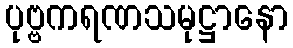
ပုဗ္ဗကရဏသမုဋ္ဌာနော